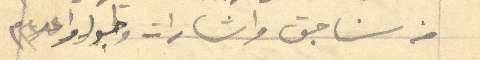
من سناجق واشارات وطبول واعلام